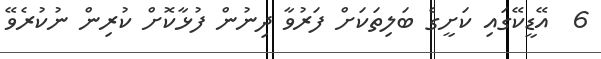
6  އޭޑީކޭގައި ކަށީގެ ބަލިތަކަށް ފަރުވާ ދިނުން ފުޅާކޮށް ކުރިން ނުކުރެވޭ